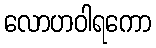
လောဟဝါရကော